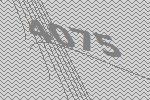
4075